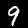
Label: 9